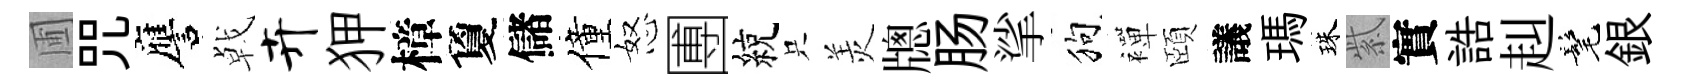
圃咒譍㦸卉狎樟夐儲僮怒圑綂只羙牕肠挲狗襌頤議瑪珠紫實誥赳髦銀